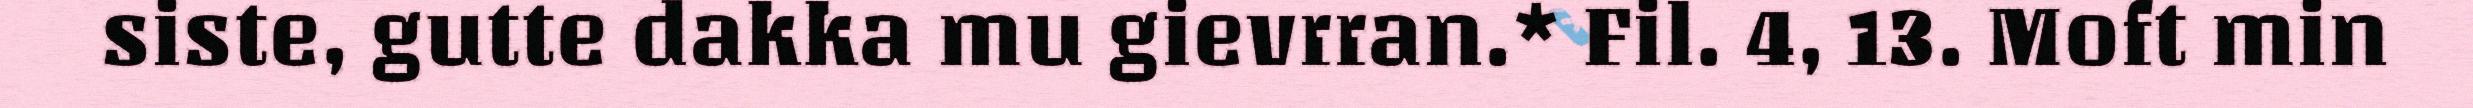
siste, gutte dakka mu gievrran.* Fil. 4, 13. Moft min